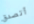
أتصدق